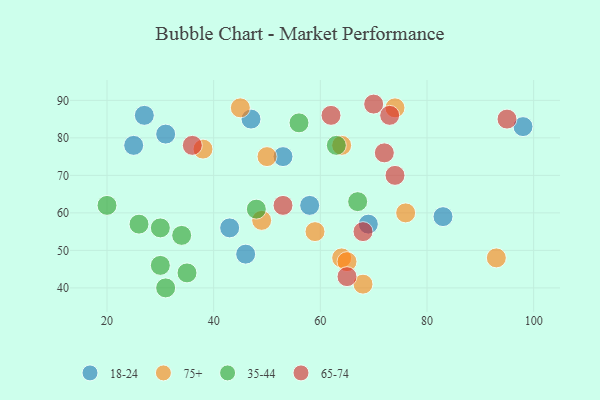
{"axis": {"x": "GDP", "y": "Life Expectancy"}, "legend": ["18-24", "35-44", "65-74", "75+"], "data": [{"x": "53", "y": 75, "type": "18-24"}, {"x": "83", "y": 59, "type": "18-24"}, {"x": "27", "y": 86, "type": "18-24"}, {"x": "47", "y": 85, "type": "18-24"}, {"x": "43", "y": 56, "type": "18-24"}, {"x": "46", "y": 49, "type": "18-24"}, {"x": "58", "y": 62, "type": "18-24"}, {"x": "31", "y": 81, "type": "18-24"}, {"x": "69", "y": 57, "type": "18-24"}, {"x": "98", "y": 83, "type": "18-24"}, {"x": "25", "y": 78, "type": "18-24"}, {"x": "64", "y": 48, "type": "75+"}, {"x": "59", "y": 55, "type": "75+"}, {"x": "65", "y": 47, "type": "75+"}, {"x": "49", "y": 58, "type": "75+"}, {"x": "45", "y": 88, "type": "75+"}, {"x": "64", "y": 78, "type": "75+"}, {"x": "76", "y": 60, "type": "75+"}, {"x": "68", "y": 41, "type": "75+"}, {"x": "50", "y": 75, "type": "75+"}, {"x": "74", "y": 88, "type": "75+"}, {"x": "93", "y": 48, "type": "75+"}, {"x": "38", "y": 77, "type": "75+"}, {"x": "20", "y": 62, "type": "35-44"}, {"x": "35", "y": 44, "type": "35-44"}, {"x": "48", "y": 61, "type": "35-44"}, {"x": "30", "y": 56, "type": "35-44"}, {"x": "56", "y": 84, "type": "35-44"}, {"x": "31", "y": 40, "type": "35-44"}, {"x": "30", "y": 46, "type": "35-44"}, {"x": "26", "y": 57, "type": "35-44"}, {"x": "34", "y": 54, "type": "35-44"}, {"x": "63", "y": 78, "type": "35-44"}, {"x": "67", "y": 63, "type": "35-44"}, {"x": "95", "y": 85, "type": "65-74"}, {"x": "70", "y": 89, "type": "65-74"}, {"x": "53", "y": 62, "type": "65-74"}, {"x": "65", "y": 43, "type": "65-74"}, {"x": "72", "y": 76, "type": "65-74"}, {"x": "62", "y": 86, "type": "65-74"}, {"x": "73", "y": 86, "type": "65-74"}, {"x": "74", "y": 70, "type": "65-74"}, {"x": "36", "y": 78, "type": "65-74"}, {"x": "68", "y": 55, "type": "65-74"}]}